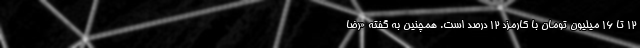
۱۲ تا ۱۶ میلیون تومان با کارمزد ۱۲ درصد است. همچنین به گفته «رضا